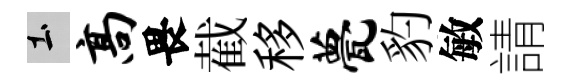
土高畏截移甍豹敏請